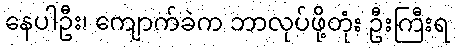
နေပါဦး၊ ကျောက်ခဲက ဘာလုပ်ဖို့တုံး ဦးကြီးရ